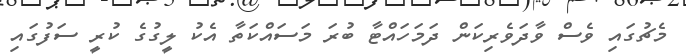
މެޗުގައި ވެސް ވާދަވެރިކަން ދަމަހައްޓާ ބުރަ މަސައްކަތާ އެކު ލީގުގެ ކުރީ ސަފުގައި